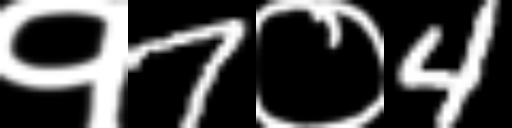
Text: १7०4